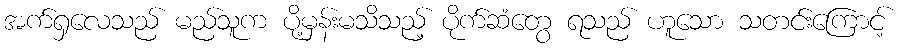
အက်ရှလေသည် မည်သူက ပို့မှန်းမသိသည့် ပိုက်ဆံတွေ ရသည် ဟူသော သတင်းကြောင့်